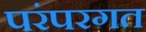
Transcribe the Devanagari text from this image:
परंपरगत